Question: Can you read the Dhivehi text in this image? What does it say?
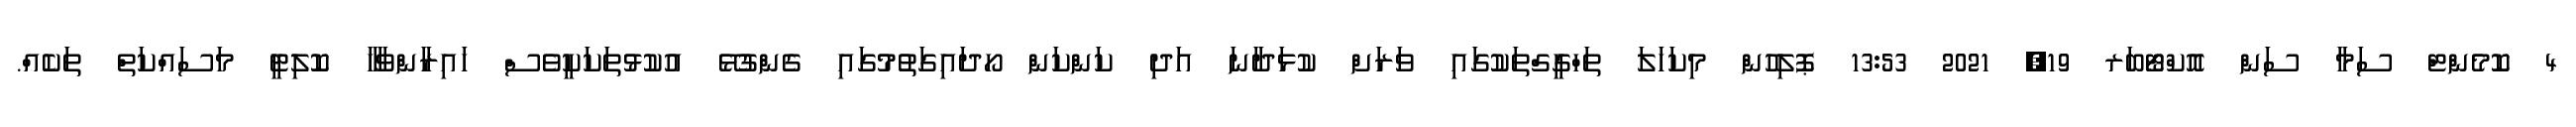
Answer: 4 ކޮމެންޓް ސަމާ ސަން އޮކްޓޯބަރ 19, 2021 13:53 ޕޮލިހުން މިކަހަލަ ތަހްގީގްތަކުގައި ވަރަށް ކުޅަދާނަ އަދި ކަންކަން ހޯދައިގަތުމުގައި ގެންގުޅޭ އުކުޅުތަކަކީވެސް ހައިރާންވާހާ ކޮލިޓީ މަސައްކަތް ތަކެއް.